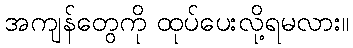
အကျန်တွေကို ထုပ်ပေးလို့ရမလား။